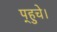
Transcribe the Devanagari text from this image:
प्‌हुचे।